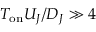
T _ { \mathrm { o n } } U _ { J } / D _ { J } \gg 4